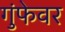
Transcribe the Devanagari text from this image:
गुंफेवर